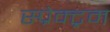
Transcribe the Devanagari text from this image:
स्प्रेक्ट्रम